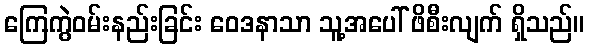
ကြေကွဲဝမ်းနည်းခြင်း ဝေဒနာသာ သူ့အပေါ် ဖိစီးလျက် ရှိသည်။